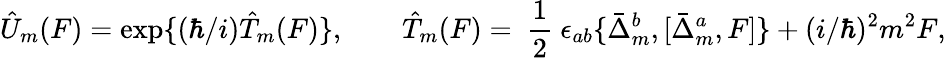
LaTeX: \hat{U}_{m}(F)=\mathrm{exp}\{ (\hbar/i)\hat{T}_{m}(F)\} ,\qquad\hat{T}_{m}(F)=\mathrm{~\frac{1}{2}~}\epsilon_{ab}\{ \bar{\Delta}_{m}^{b},[\bar{\Delta}_{m}^{a},F]\} +(i/\hbar)^{2}m^{2}F,